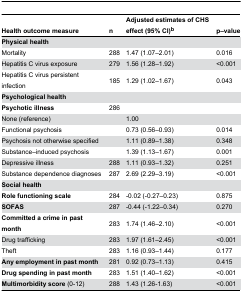
<table><thead><tr><td><b>Health outcome measure</b></td><td><b>n</b></td><td><b>Adjusted estimates of CHS effect (95% CI)<sup>b</sup></b></td><td><b>p–value</b></td></tr></thead><tbody><tr><td><b>Physical health</b></td><td></td><td></td><td></td></tr><tr><td>Mortality</td><td>288</td><td>1.47 (1.07–2.01)</td><td>0.016</td></tr><tr><td>Hepatitis C virus exposure </td><td>279</td><td>1.56 (1.28–1.92) </td><td>&lt;0.001</td></tr><tr><td>Hepatitis C virus persistent infection</td><td>185</td><td>1.29 (1.02–1.67)</td><td>0.043</td></tr><tr><td><b>Psychological health</b></td><td></td><td></td><td></td></tr><tr><td><b>Psychotic illness</b></td><td>286</td><td></td><td></td></tr><tr><td>None (reference)</td><td></td><td>1.00</td><td></td></tr><tr><td>Functional psychosis</td><td></td><td>0.73 (0.56–0.93)</td><td>0.014</td></tr><tr><td>Psychosis not otherwise specified</td><td></td><td>1.11 (0.89–1.38)</td><td>0.348</td></tr><tr><td>Substance–induced psychosis</td><td></td><td>1.39 (1.13–1.67)</td><td>0.001</td></tr><tr><td>Depressive illness</td><td>288</td><td>1.11 (0.93–1.32)</td><td>0.251</td></tr><tr><td>Substance dependence diagnoses</td><td>287</td><td>2.69 (2.29–3.19)</td><td>&lt;0.001</td></tr><tr><td><b>Social health</b></td><td></td><td></td><td></td></tr><tr><td><b>Role functioning scale</b></td><td>284</td><td>-0.02 (-0.27–0.23)</td><td>0.875</td></tr><tr><td><b>SOFAS</b></td><td>287</td><td>-0.44 (-1.22–0.34)</td><td>0.270</td></tr><tr><td><b>Committed a crime in past month</b></td><td>283</td><td>1.74 (1.46–2.10)</td><td>&lt;0.001</td></tr><tr><td>Drug trafficking</td><td>283</td><td>1.97 (1.61–2.45)</td><td>&lt;0.001</td></tr><tr><td>Theft</td><td>283</td><td>1.16 (0.93–1.44)</td><td>0.177</td></tr><tr><td><b>Any employment in past month</b></td><td>281</td><td>0.92 (0.73–1.13)</td><td>0.415</td></tr><tr><td><b>Drug spending in past month</b></td><td>283</td><td>1.51 (1.40–1.62)</td><td>&lt;0.001</td></tr><tr><td><b>Multimorbidity score</b> (0-12)</td><td>288</td><td>1.43 (1.26-1.63)</td><td>&lt;0.001</td></tr></tbody></table>